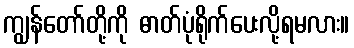
ကျွန်တော်တို့ကို ဓာတ်ပုံရိုက်ပေးလို့ရမလား။